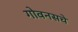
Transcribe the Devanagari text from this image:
गोवनसचे